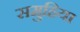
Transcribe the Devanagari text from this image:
समुहिया